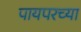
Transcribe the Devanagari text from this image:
पायपरच्या